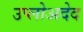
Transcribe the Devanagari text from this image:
उप्लोअदेद